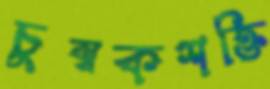
চুম্বকশক্তি